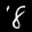
Label: 8